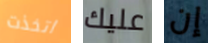
اتخذت عليك إن